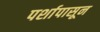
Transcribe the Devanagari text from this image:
पर्शापासून